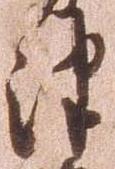
津